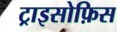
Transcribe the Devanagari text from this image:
ट्राइसोफ़िस